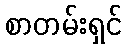
စာတမ်းရှင်